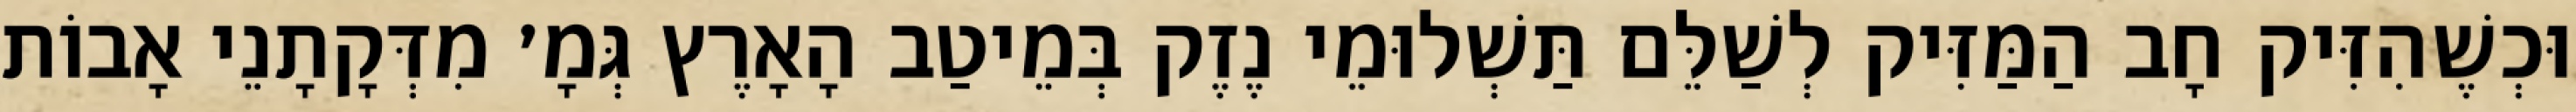
וּכְשֶׁהִזִּיק חָב הַמַּזִּיק לְשַׁלֵּם תַּשְׁלוּמֵי נֶזֶק בְּמֵיטַב הָאָרֶץ גְּמָ׳ מִדְּקָתָנֵי אָבוֹת